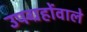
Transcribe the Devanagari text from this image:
उपग्रहोंवाले